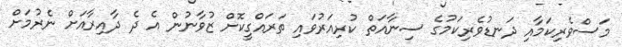
މަސްވެރިކަމާއި ދަނޑުވެރިކަމުގެ ސިނާއަތް ކުރިއަރުވައި ތަރައްގީކޮށް ޒުވާނުން އެ ދެ ދާއިރާއަށް ނެރުމަށް